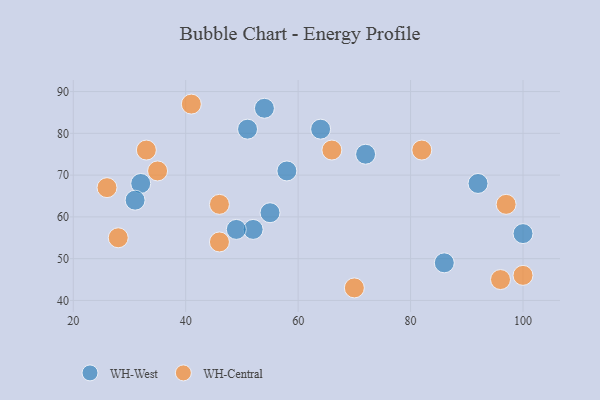
{"axis": {"x": "GDP", "y": "Life Expectancy"}, "legend": ["WH-Central", "WH-West"], "data": [{"x": "55", "y": 61, "type": "WH-West"}, {"x": "64", "y": 81, "type": "WH-West"}, {"x": "58", "y": 71, "type": "WH-West"}, {"x": "52", "y": 57, "type": "WH-West"}, {"x": "32", "y": 68, "type": "WH-West"}, {"x": "51", "y": 81, "type": "WH-West"}, {"x": "92", "y": 68, "type": "WH-West"}, {"x": "49", "y": 57, "type": "WH-West"}, {"x": "72", "y": 75, "type": "WH-West"}, {"x": "86", "y": 49, "type": "WH-West"}, {"x": "54", "y": 86, "type": "WH-West"}, {"x": "100", "y": 56, "type": "WH-West"}, {"x": "31", "y": 64, "type": "WH-West"}, {"x": "41", "y": 87, "type": "WH-Central"}, {"x": "33", "y": 76, "type": "WH-Central"}, {"x": "100", "y": 46, "type": "WH-Central"}, {"x": "26", "y": 67, "type": "WH-Central"}, {"x": "46", "y": 63, "type": "WH-Central"}, {"x": "70", "y": 43, "type": "WH-Central"}, {"x": "82", "y": 76, "type": "WH-Central"}, {"x": "35", "y": 71, "type": "WH-Central"}, {"x": "46", "y": 54, "type": "WH-Central"}, {"x": "97", "y": 63, "type": "WH-Central"}, {"x": "66", "y": 76, "type": "WH-Central"}, {"x": "96", "y": 45, "type": "WH-Central"}, {"x": "28", "y": 55, "type": "WH-Central"}]}